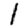
Digit: 1